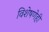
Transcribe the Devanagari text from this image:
विशेषणेही